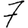
Digit: 7